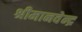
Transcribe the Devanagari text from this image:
श्रीमानवेन्द्र